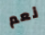
نعم